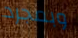
وبمجرد